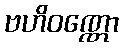
ဗဟိဝဏ္ဏော